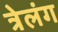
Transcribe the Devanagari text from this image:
त्रेलंग